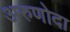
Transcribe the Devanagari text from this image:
अरुणोदा